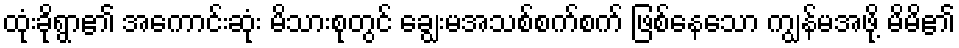
ထုံးခိုရွာ၏ အကောင်းဆုံး မိသားစုတွင် ချွေးမအသစ်စက်စက် ဖြစ်နေသော ကျွန်မအဖို့ မိမိ၏